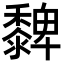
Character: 𪐄